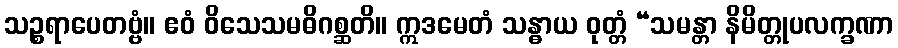
သဉ္စရာပေတဗ္ဗံ။ ဧဝံ ဝိသေသမဓိဂစ္ဆတိ။ ဣဒမေတံ သန္ဓာယ ဝုတ္တံ “သမန္တာ နိမိတ္တုပလက္ခဏာ